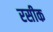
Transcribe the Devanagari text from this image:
रसीक